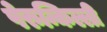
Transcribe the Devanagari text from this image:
पेरुन्किल्ली